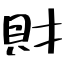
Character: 財